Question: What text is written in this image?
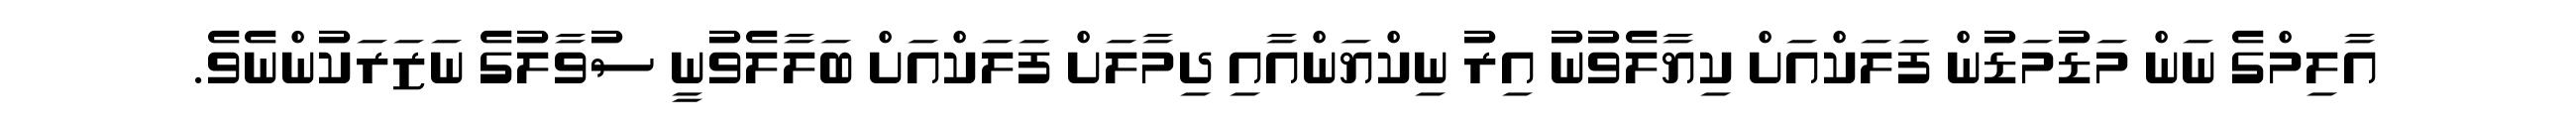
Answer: އާލިމްގެ ނަން މަޑުމަޑުން ފަލަކްއަށް ކިޔާލެވުނު އިރު ނިކްޔަންއާއި ދިމާލަށް ފަލަކްއަށް ބަލާލެވުނީ ސުވާލުގެ ނަޒަރަކުންނެވެ.